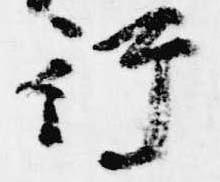
行